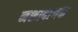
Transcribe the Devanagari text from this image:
नशादायक